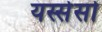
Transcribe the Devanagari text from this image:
यस्सेसो